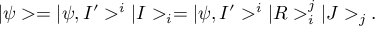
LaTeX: | \psi > = | \psi , I ^ { \prime } > ^ { i } | I > _ { i } = | \psi , I ^ { \prime } > ^ { i } | R > _ { i } ^ { j } | J > _ { j } .